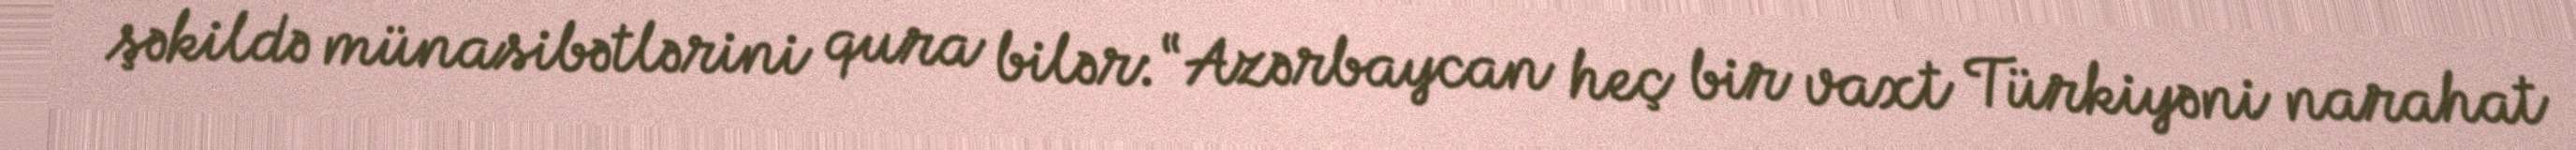
şəkildə münasibətlərini qura bilər: “Azərbaycan heç bir vaxt Türkiyəni narahat